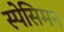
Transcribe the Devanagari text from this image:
स्पेसिमन